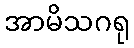
အာမိသဂရု